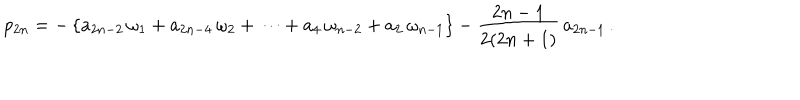
LaTeX: p _ { 2 n } = - \left\{ a _ { 2 n - 2 } \, \omega _ { 1 } + a _ { 2 n - 4 } \, \omega _ { 2 } + \cdots + a _ { 4 } \, \omega _ { n - 2 } + a _ { 2 } \, \omega _ { n - 1 } \right\} - \frac { 2 n - 1 } { 2 ( 2 n + 1 ) } \, a _ { 2 n - 1 } \, .